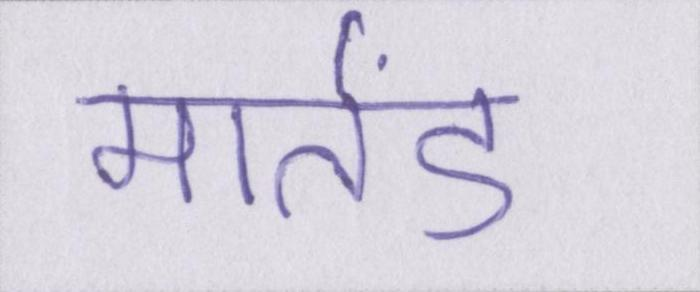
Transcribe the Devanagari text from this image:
मार्तंड